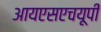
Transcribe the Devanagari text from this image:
आयएसएचयूपी